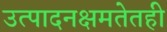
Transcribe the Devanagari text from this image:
उत्पादनक्षमतेतही